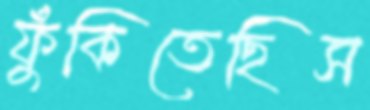
ফুঁকিতেছিস